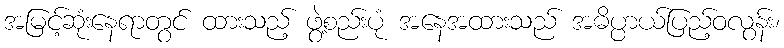
အမြင့်ဆုံးနေရာတွင် ထားသည့် ဖွဲ့စည်းပုံ အနေအထားသည် အဓိပ္ပာယ်ပြည့်ဝလွန်း၊